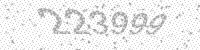
Solution: 223999